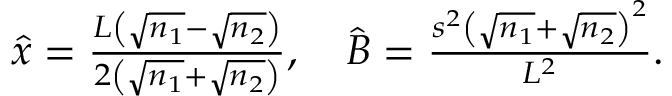
\begin{array} { r } { \hat { x } = \frac { L \left( \sqrt { n _ { 1 } } - \sqrt { n _ { 2 } } \right) } { 2 \left( \sqrt { n _ { 1 } } + \sqrt { n _ { 2 } } \right) } , \quad \hat { B } = \frac { s ^ { 2 } \left( \sqrt { n _ { 1 } } + \sqrt { n _ { 2 } } \right) ^ { 2 } } { L ^ { 2 } } . } \end{array}